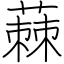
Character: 蕀